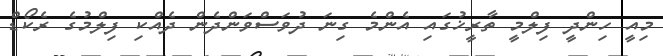
މިއީ ހިންދީ ފިލްމީ ތާރީޚުގައި އެންމެ ގިނަ ދުވަސްވަންދެން ދެއްކި ފިލްމުގެ ރެކޯޑް